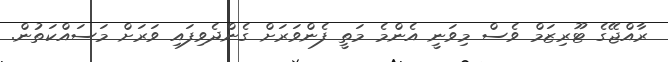
ރާއްޖޭގެ ޓޫރިޒަމް ވެސް މިވަނީ އެންމެ މަތީ ފެންވަރަށް ގެންދެވިފައި ވަރަށް މަސައްކަތުން.